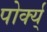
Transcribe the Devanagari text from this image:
पोर्क्य्